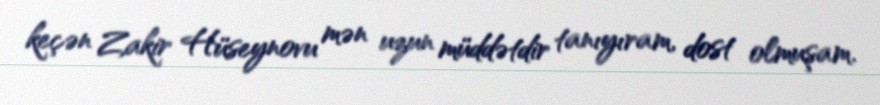
keçən Zakir Hüseynovu mən uzun müddətdir tanıyıram, dost olmuşam.